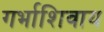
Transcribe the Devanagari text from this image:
गर्भाशिवाय